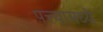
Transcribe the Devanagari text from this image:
पत्त्यामध्ये